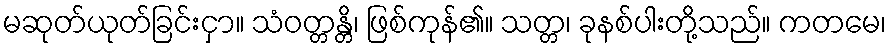
မဆုတ်ယုတ်ခြင်းငှာ။ သံဝတ္တန္တိ၊ ဖြစ်ကုန်၏။ သတ္တ၊ ခုနစ်ပါးတို့သည်။ ကတမေ၊